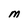
Character: M